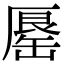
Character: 𠪟